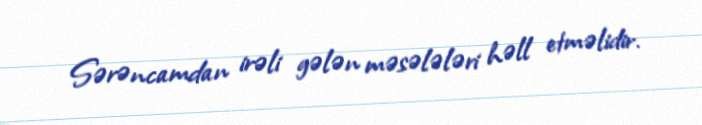
Sərəncamdan irəli gələn məsələləri həll etməlidir.